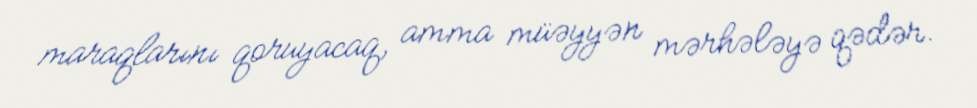
maraqlarını qoruyacaq, amma müəyyən mərhələyə qədər.